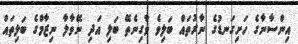
އިންސާނާގެ ހަށިގަނޑުގެ ނާރުތައް ބަލިވެ ވާގިނެތޭ ބަލި އަދި ނޭވާލާ ނިޒާމްގެ ބަލިތައް